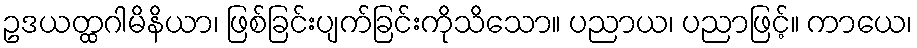
ဥဒယတ္ထဂါမိနိယာ၊ ဖြစ်ခြင်းပျက်ခြင်းကိုသိသော။ ပညာယ၊ ပညာဖြင့်။ ကာယေ၊